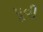
પૂવી